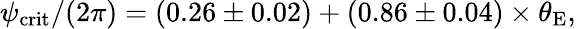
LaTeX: \begin{array}{r}{\psi_{\mathrm{crit}}/(2\pi)=\left(0.26\pm 0.02\right)+\left(0.86\pm 0.04\right)\times\theta_{\mathrm{E}},}\end{array}